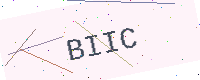
Text: BIIC